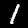
Label: 1